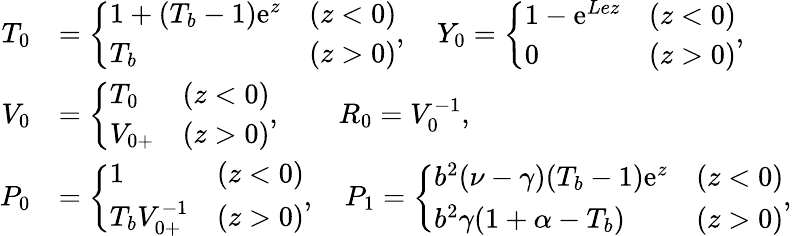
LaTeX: \begin{array}{rl}{{T}_{0}}&{=\left\{ \begin{array}{lll}{1+(T_{b}-1)\mathrm{e}^{z}}&{(z<0)}\\ {T_{b}}&{(z>0)}\end{array}\right.,\quad{Y}_{0}=\left\{ \begin{array}{lll}{1-\mathrm{e}^{Lez}}&{(z<0)}\\ {0}&{(z>0)}\end{array}\right.,}\\ {{V}_{0}}&{=\left\{ \begin{array}{lll}{{T}_{0}}&{(z<0)}\\ {V_{0+}}&{(z>0)}\end{array}\right.,\quad\quad{R}_{0}={V}_{0}^{-1},}\\ {{P}_{0}}&{=\left\{ \begin{array}{lll}{1}&{(z<0)}\\ {T_{b}V_{0+}^{-1}}&{(z>0)}\end{array}\right.,\quad{P}_{1}=\left\{ \begin{array}{lll}{b^{2}(\nu-\gamma)(T_{b}-1)\mathrm{e}^{z}}&{(z<0)}\\ {b^{2}\gamma(1+\alpha-T_{b})}&{(z>0)}\end{array}\right.,}\end{array}